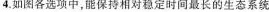
4.如图各选项中，能保持相对稳定时间最长的生态系统